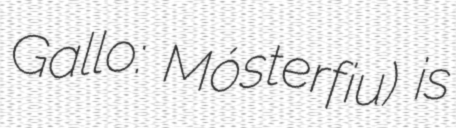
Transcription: Gallo: Mósterfiu) is